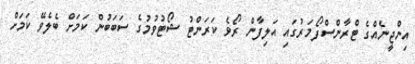
އިންޖީނެއްގެ ޓްރާންސްފޯމަރުގައި އަލިފާން ރޯވެ ކަރަންޓު ޝޯޓުވުމުގެ ސަބަބުން ކަމަށް ބެލެވޭ ކަމަށް